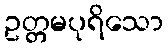
ဥတ္တမပုရိသော